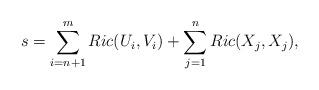
LaTeX: \begin{align*}s = \sum\limits_{i=n+1}^{m} Ric(U_i, V_i) + \sum\limits_{j=1}^{n} Ric(X_j, X_j),\end{align*}